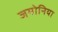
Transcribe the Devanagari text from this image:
जमोनिया